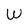
Character: W